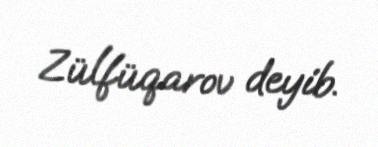
Zülfüqarov deyib.